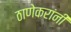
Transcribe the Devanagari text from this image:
ठाणेकरांनी